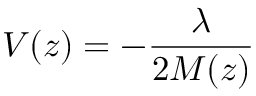
V ( z ) = - \frac { \lambda } { 2 M ( z ) }